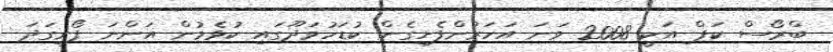
ބްރޯސް ކަޕް އަކީ 2008 ވަނަ އަހަރުންފެށިގެން ކުޑަހުވަދޫގައި ކުޅެމުން އަންނަ ފޯރިގަދަ